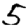
Digit: 5